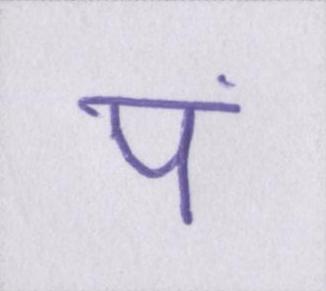
पं